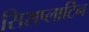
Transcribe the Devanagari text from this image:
सिसप्लाटिन